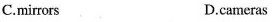
C.mirrors D.cameras